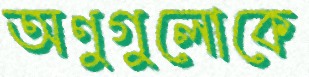
অণুগুলোকে